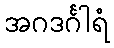
အဂဒင်္ဂါရံ